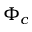
\Phi _ { c }